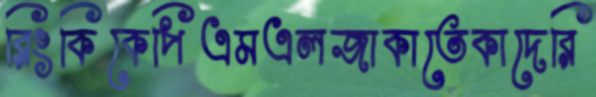
রিংকিকেপিএমএলজাকাতেকাদেরি